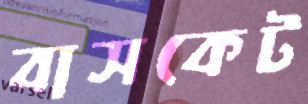
বাসকেট